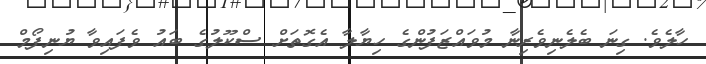
ހާލެވެ. ގިނަ ބެލެނިވެރިނާ މުވައްޒަފުންގެ ހިޔާލާ އެގޮތަށް ސްކޫލުގެ ބައު ވެފައިވާ ޔުނިފޯމް